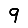
Digit: 9